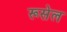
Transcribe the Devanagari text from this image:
रूसेल